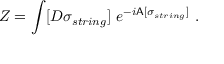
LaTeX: Z = \int [ D \sigma _ { s t r i n g } ] \ e ^ { - i { \sf A } [ \sigma _ { s t r i n g } ] } \ .